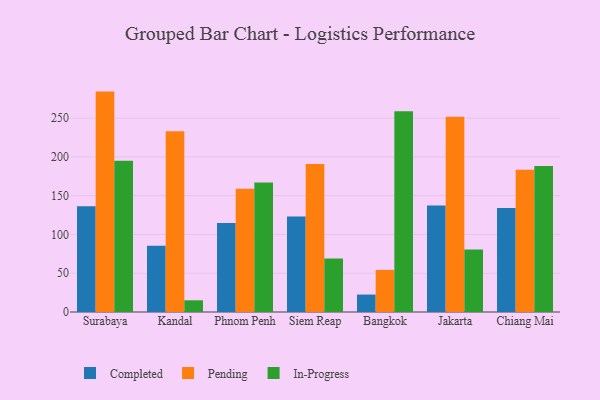
{"axis": {"x": "City", "y": "Operating Costs (USD K)"}, "legend": ["Completed", "In-Progress", "Pending"], "data": [{"x": "Surabaya", "y": 136.5, "type": "Completed"}, {"x": "Surabaya", "y": 284.3, "type": "Pending"}, {"x": "Surabaya", "y": 195.1, "type": "In-Progress"}, {"x": "Kandal", "y": 85.5, "type": "Completed"}, {"x": "Kandal", "y": 233.1, "type": "Pending"}, {"x": "Kandal", "y": 15.1, "type": "In-Progress"}, {"x": "Phnom Penh", "y": 114.7, "type": "Completed"}, {"x": "Phnom Penh", "y": 159.1, "type": "Pending"}, {"x": "Phnom Penh", "y": 166.9, "type": "In-Progress"}, {"x": "Siem Reap", "y": 123.3, "type": "Completed"}, {"x": "Siem Reap", "y": 190.8, "type": "Pending"}, {"x": "Siem Reap", "y": 69.0, "type": "In-Progress"}, {"x": "Bangkok", "y": 22.5, "type": "Completed"}, {"x": "Bangkok", "y": 54.3, "type": "Pending"}, {"x": "Bangkok", "y": 258.8, "type": "In-Progress"}, {"x": "Jakarta", "y": 137.5, "type": "Completed"}, {"x": "Jakarta", "y": 251.8, "type": "Pending"}, {"x": "Jakarta", "y": 80.7, "type": "In-Progress"}, {"x": "Chiang Mai", "y": 134.1, "type": "Completed"}, {"x": "Chiang Mai", "y": 183.5, "type": "Pending"}, {"x": "Chiang Mai", "y": 188.3, "type": "In-Progress"}]}